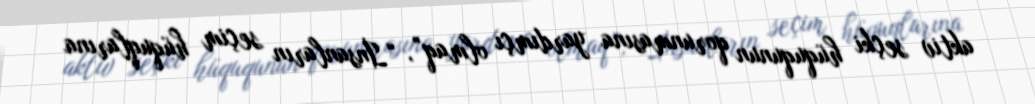
aktiv seçki hüququnun qorunmasına yardımçı olmaq”, “İnsanların seçim hüquqlarına